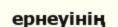
ернеуінің